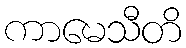
ကာမေသီတိ